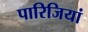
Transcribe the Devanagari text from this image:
पारिजियां